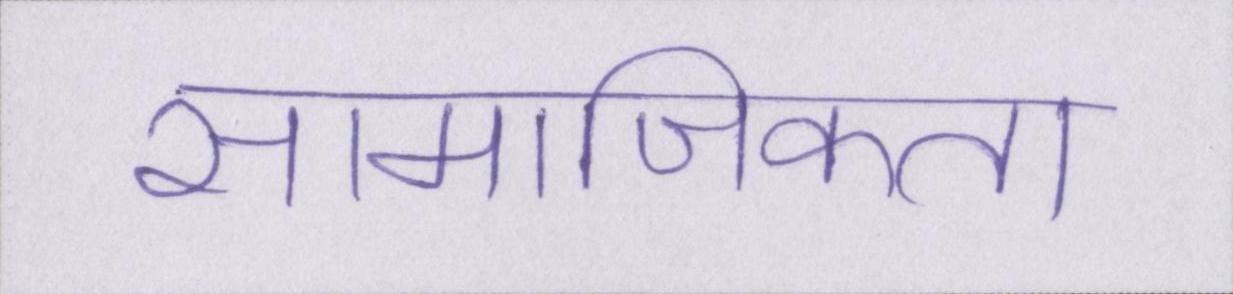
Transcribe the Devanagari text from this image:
सामाजिकता